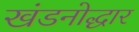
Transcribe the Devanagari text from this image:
खंडनोद्धार